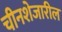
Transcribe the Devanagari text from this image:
चीनशेजारील